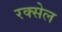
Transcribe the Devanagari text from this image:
रक्सेल